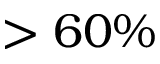
> 6 0 \%